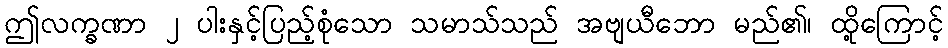
ဤလက္ခဏာ ၂ ပါးနှင့်ပြည့်စုံသော သမာသ်သည် အဗျယီဘော မည်၏၊ ထို့ကြောင့်